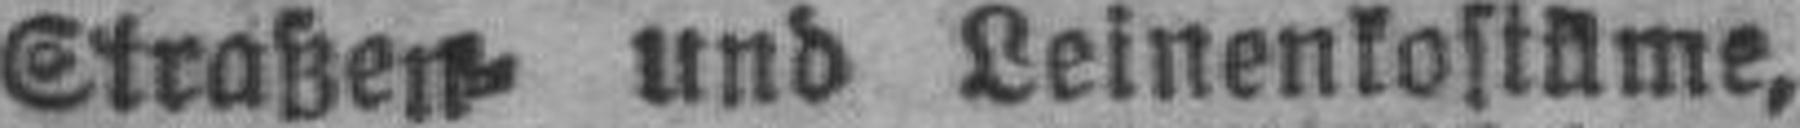
Straßen= und Leinenkostüme,